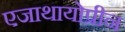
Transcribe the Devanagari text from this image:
एजाथायोप्रीन